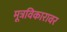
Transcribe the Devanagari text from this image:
मूत्रविकारावर